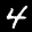
Label: 4